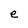
Character: e